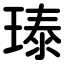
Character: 𪼃